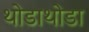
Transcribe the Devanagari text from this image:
थोडाथोडा